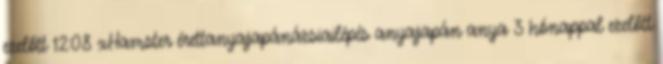
ezelőtt 12:08 xHamster érettanyajapánázsiailépés anyajapán anya 3 hónappal ezelőtt